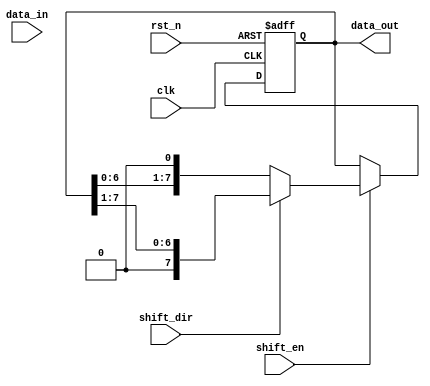
module ParameterizedShiftRegister #(
    parameter WIDTH = 8  // Parameter defining the width of the shift register
)(
    input wire clk,           // Clock input
    input wire rst_n,        // Asynchronous active-low reset
    input wire shift_en,     // Shift enable control
    input wire shift_dir,     // Shift direction: 0 for left, 1 for right
    input wire [WIDTH-1:0] data_in, // Parallel data input
    output reg [WIDTH-1:0] data_out  // Parallel data output
);

    // Internal register to hold the shift register state
    reg [WIDTH-1:0] shift_reg;

    // Always block for synchronous operation
    always @(posedge clk or negedge rst_n) begin
        if (!rst_n) begin
            // Asynchronous reset: clear the shift register
            shift_reg <= {WIDTH{1'b0}}; // Set all bits to 0
        end else if (shift_en) begin
            // Shift operation
            if (shift_dir) begin
                // Shift right
                shift_reg <= {1'b0, shift_reg[WIDTH-1:1]}; // Shift right with zero fill
            end else begin
                // Shift left
                shift_reg <= {shift_reg[WIDTH-2:0], 1'b0}; // Shift left with zero fill
            end
        end
    end

    // Assign the output
    always @(*) begin
        data_out = shift_reg; // Output the current state of the shift register
    end

endmodule